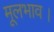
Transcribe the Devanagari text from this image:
मूलभाव।